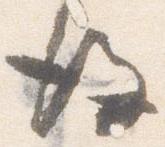
後